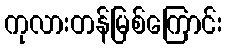
ကုလားတန်မြစ်ကြောင်း